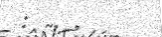
: